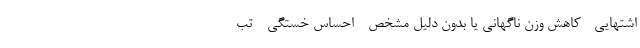
اشتهایی - کاهش وزن ناگهانی یا بدون دلیل مشخص - احساس خستگی - تب -